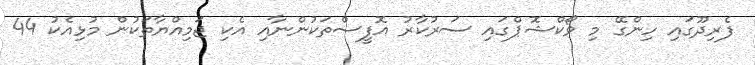
ފެރިދޫގައި ހިންގޭ މި ވޯކްޝޮޕްގައި ސަރުކާރު އޮފީސްތަކުންނާއި އެކި ޖަމިއްޔާތަކުން މުޅިއެކު 44